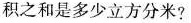
积之和是多少立方分米?